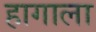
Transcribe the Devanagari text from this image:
हागाला